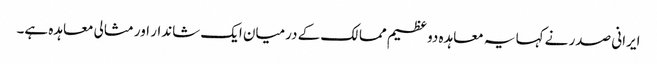
ایرانی صدر نے کہا یہ معاہدہ دو عظیم ممالک کے درمیان ایک شاندار اور مثالی معاہدہ ہے۔